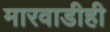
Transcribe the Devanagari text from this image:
मारवाडीही